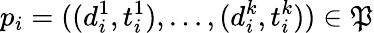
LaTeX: p_{i}=((d_{i}^{1},t_{i}^{1}),\dots,(d_{i}^{k},t_{i}^{k}))\in\mathfrak{P}